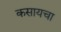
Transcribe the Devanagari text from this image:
कसायचा